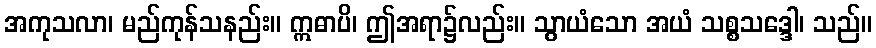
အကုသလာ၊ မည်ကုန်သနည်း။ ဣဓာပိ၊ ဤအရာ၌လည်း။ သွာယံသော အယံ သစ္စသဒ္ဒေါ၊ သည်။